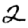
Digit: 2